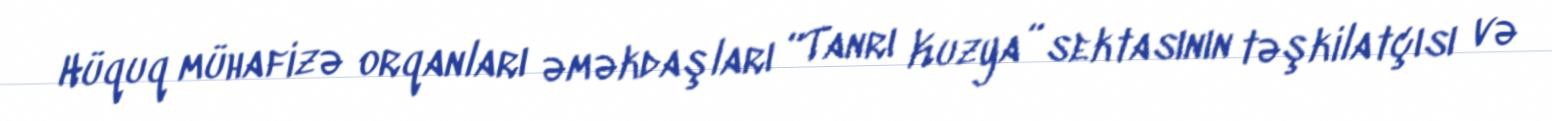
Hüquq mühafizə orqanları əməkdaşları “Tanrı Kuzya” sektasının təşkilatçısı və